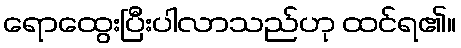
ရောထွေးပြီးပါလာသည်ဟု ထင်ရ၏။